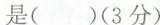
是( )(3分)